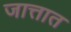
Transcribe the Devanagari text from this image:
जात्तात